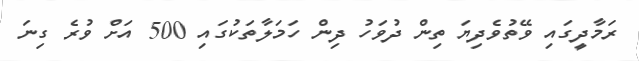
ރަމާދީގައި ވޭތުވެދިޔަ ތިން ދުވަހު ދިން ހަމަލާތަކުގައި 500 އަށް ވުރެ ގިނަ